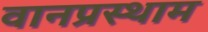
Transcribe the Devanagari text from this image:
वानप्रस्थाम